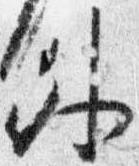
外